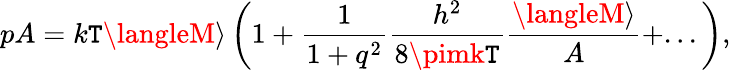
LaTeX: pA=k\mathtt{T}\langleM\rangle\left(1+\frac{{1}}{{1+q^{2}}}\frac{{h^{2}}}{{8\pimk\mathtt{T}}}\frac{{\langleM\rangle}}{{A}}+...\right),